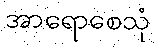
အာရောစေသုံ